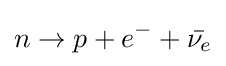
n\rightarrow p+e^{-}+{\bar {\nu _{e}}}